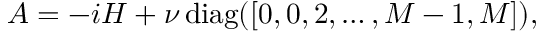
A = - i H + \nu \, \mathrm { d i a g } ( [ 0 , 0 , 2 , \dots , M - 1 , M ] ) ,